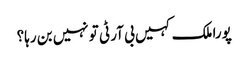
پورا ملک کہیں بی آر ٹی تو نہیں بن رہا؟